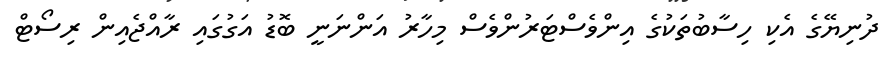
ދުނިޔޭގެ އެކި ހިސާބުތަކުގެ އިންވެސްޓަރުންވެސް މިހާރު އަންނަނީ ބޮޑު އަގުގައި ރާއްޖެއިން ރިސޯޓް